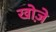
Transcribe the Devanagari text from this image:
खोज़े